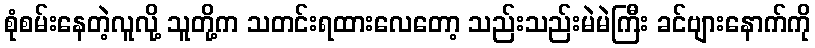
စုံစမ်းနေတဲ့လူလို့ သူတို့က သတင်းရထားလေတော့ သည်းသည်းမဲမဲကြီး ခင်ဗျားနောက်ကို